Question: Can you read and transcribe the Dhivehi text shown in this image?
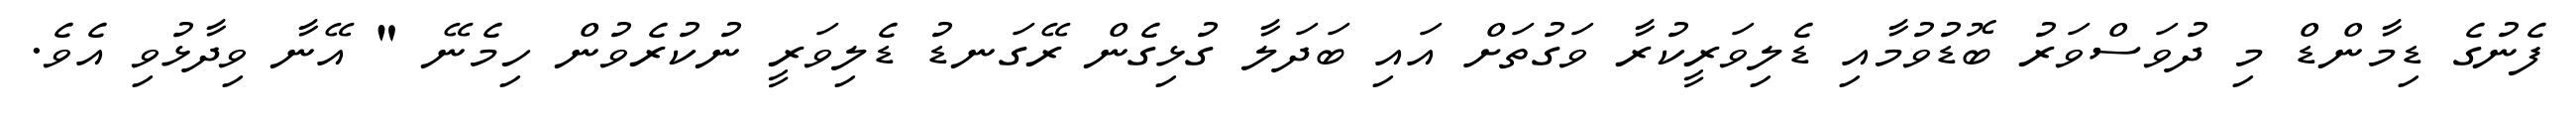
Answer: ފެނުގެ ޑިމާންޑް މި ދުވަސްވަރު ބޮޑުވުމާއި ޑެލިވަރީކުރާ ވަގުތަށް އައި ބަދަލާ ގުޅިގެން ރޭގަނޑު ޑެލިވަރީ ނުކުރެވުން ހިމެނޭ " އޭނާ ވިދާޅުވި އެވެ.